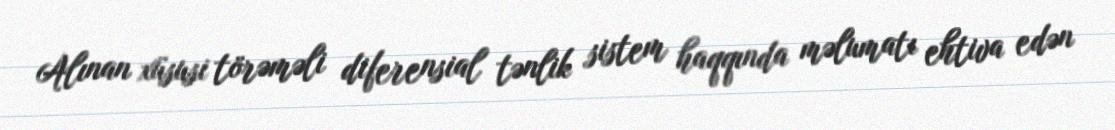
Alınan xüsusi törəməli diferensial tənlik sistem haqqında məlumatı ehtiva edən